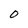
Character: O